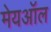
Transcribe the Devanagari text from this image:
मेयऑल